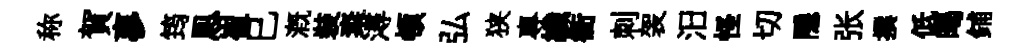
称賀夣筠㤙崔巳溉裝粢潯頓弘狭專纖衢刺袈汨怪切隱张撰低暍鋪